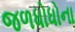
જળધોધોના